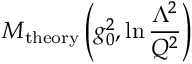
{ \cal M } _ { \mathrm { t h e o r y } } \left( g _ { 0 } ^ { 2 } , \ln { \frac { \Lambda ^ { 2 } } { Q ^ { 2 } } } \right)